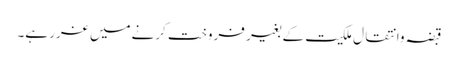
 قبضہ وانتقالِ ملکیت کے بغیر فروخت کرنےمیں غرر ہے۔